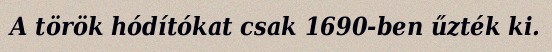
A török hódítókat csak 1690-ben űzték ki.